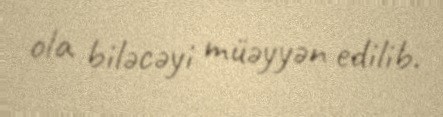
ola biləcəyi müəyyən edilib.